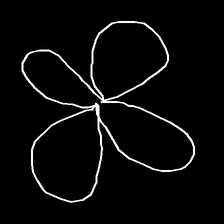
Glyph: billowing